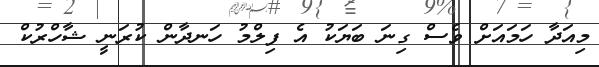
މިއަދާ ހަމައަށް ވެސް ގިނަ ބަޔަކު އެ ފިލްމު ހަނދާން ކުރަނީ ޝާހްރުކް